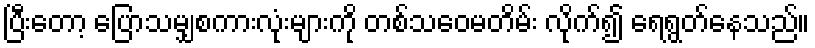
ပြီးတော့ ပြောသမျှစကားလုံးများကို တစ်သဝေမတိမ်း လိုက်၍ ရေရွတ်နေသည်။